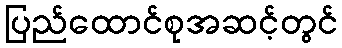
ပြည်ထောင်စုအဆင့်တွင်